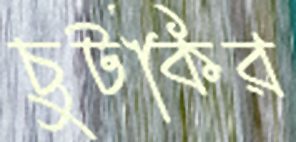
চুটকির